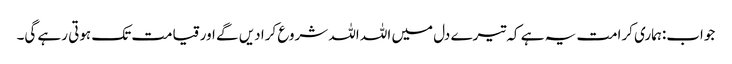
جواب:ہماری کرامت یہ ہے کہ تیرے دل میں اللہ اللہ شروع کرا دیں گے اور قیامت تک ہوتی رہے گی۔